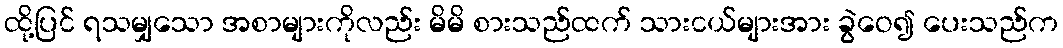
ထို့ပြင် ရသမျှသော အစာများကိုလည်း မိမိ စားသည်ထက် သားငယ်များအား ခွဲဝေ၍ ပေးသည်က